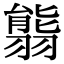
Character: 𦑴